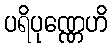
ပရိပုဏ္ဏေဟိ